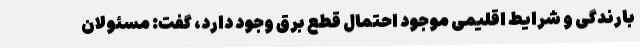
بارندگی و شرایط اقلیمی موجود احتمال قطع برق وجود دارد، گفت: مسئولان